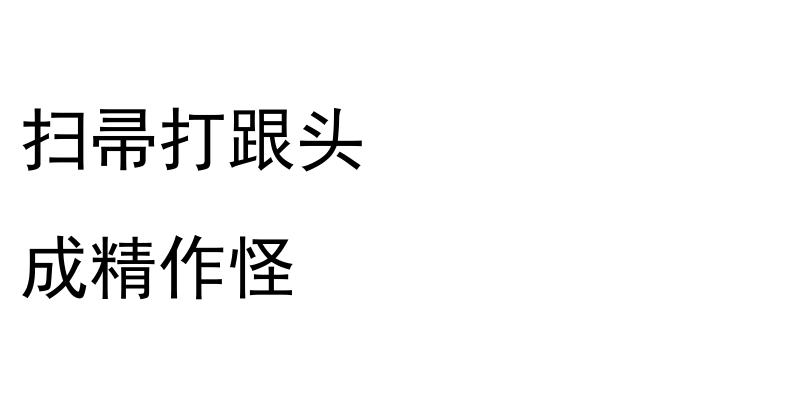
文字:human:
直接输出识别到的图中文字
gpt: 扫帚打跟头 成精作怪